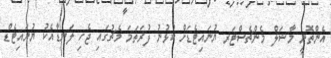
އެންތޮނީ މާޝަލް މެންޗެސްޓަރ ޔުނައިޓެޑަށް ކުޅުނު ފުރަތަމަ މެޗުގައި ޖެހި ލަނޑާއެކު ޔުނައިޓެޑް